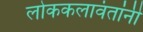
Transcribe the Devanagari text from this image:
लोककलावंतांनी